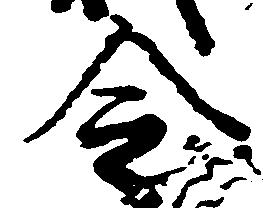
令